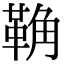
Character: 𩊺